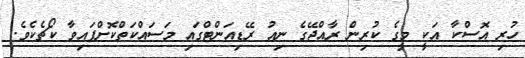
ހުރި އޮސްކާ އަކީ މީގެ ކުރިން ރާއްޖޭގެ ނިއު ރޭޑިއަންޓްގައި މަސައްކަތްކޮށްފައިވާ ކޯޗެކެވެ.